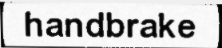
handbrake